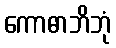
ကောဓာဘိဘုံ